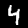
Digit: 4